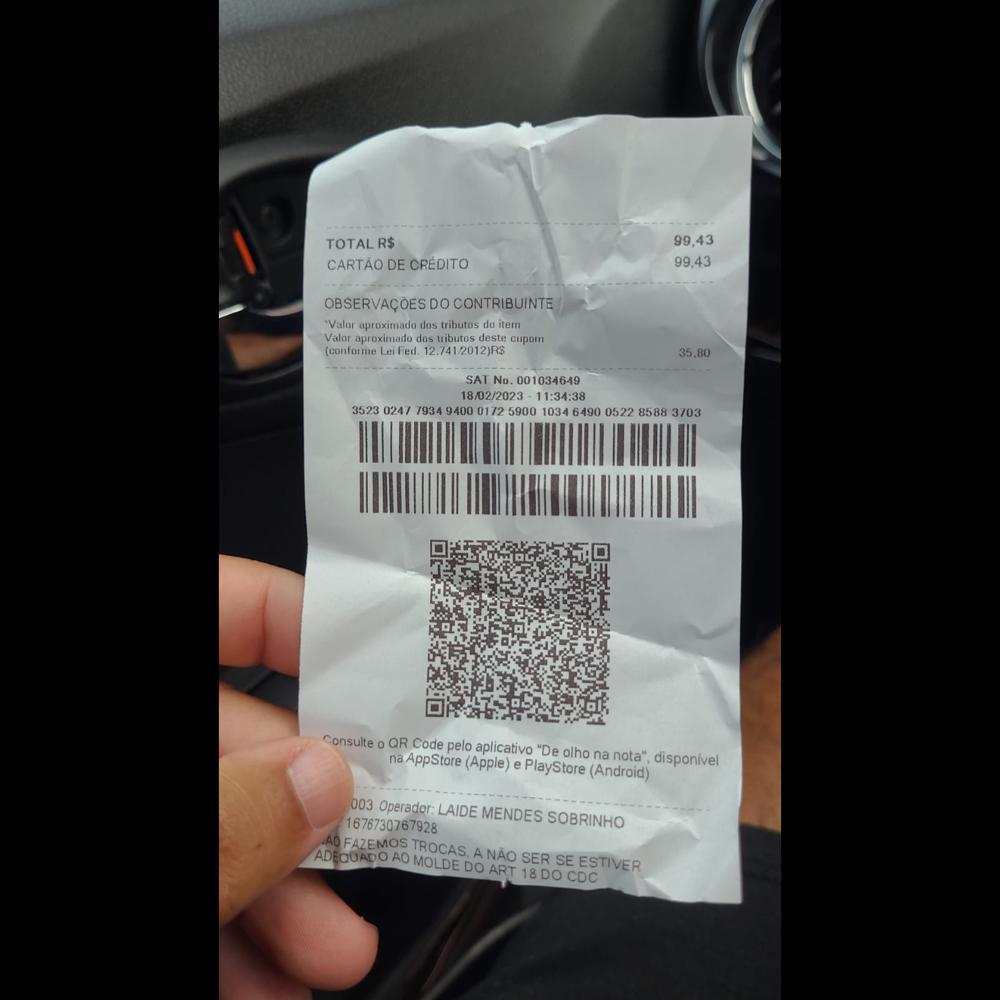
TOTALI R$ CARTAO DE CREDITO OBSERVAÇOESDOCONTRIBUINTE "Valor aproximado dos tributos du item Valor aproximado dos tributos deste cupom (conforme Lei Fed. 12.741/2012)RS 99,43 99,43 35.80 SAT No. 001034649 18/02/2023 11:34:38 3523 0247 7934940001725 5900 1034 6490 0522 85883703 Consulte o QR Code pelo aplicativo "De olho naAppStore (Apple) e PlayStore na nota", disponivel (Android) SOBRINHO ESTIVER 18DOCDC 003 Operador: LAIDE MENDES 1676730767928 ADEQUADO FAZEMOS AO TROCAS, A NAO SER SE MOLDE DO ART